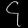
Digit: ၄